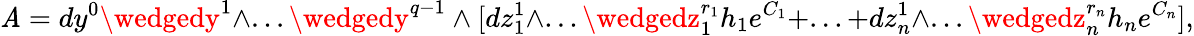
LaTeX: {\cal\mathit{A}}=dy^{0}\wedgedy^{1}\wedge...\wedgedy^{q-1}\wedge[dz_{1}^{1}\wedge...\wedgedz_{1}^{r_{1}}h_{1}e^{C_{1}}+...+dz_{n}^{1}\wedge...\wedgedz_{n}^{r_{n}}h_{n}e^{C_{n}}],